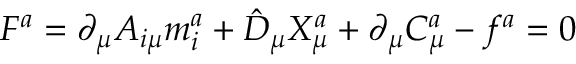
F ^ { a } = \partial _ { \mu } A _ { i \mu } m _ { i } ^ { a } + \hat { D } _ { \mu } X _ { \mu } ^ { a } + \partial _ { \mu } C _ { \mu } ^ { a } - f ^ { a } = 0